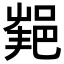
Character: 𨛝